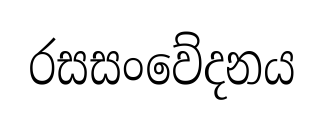
රසසංවේදනය